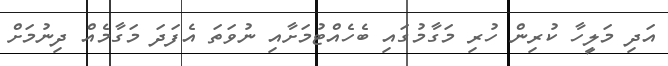
އަދި މަލީހާ ކުރިން ހުރި މަގާމުގައި ބެހެއްޓުމަށާއި ނުވަތަ އެފަދަ މަގާމެއް ދިނުމަށް